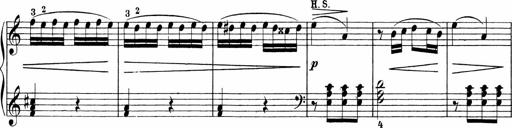
Title: 3 Sonatinas
Composer: Carl Reinecke